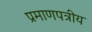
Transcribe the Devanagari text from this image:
प्रमाणपत्रीय